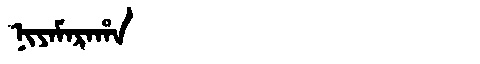
Manchu: ᠨᡳᠶᠠᠮᠠᡵᠠᡥᠠ
Romanization: NIYAMARAHA